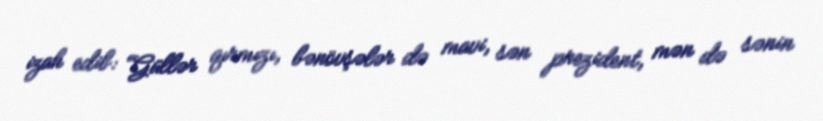
izah edib: “Güllər qırmızı, bənövşələr də mavi, sən prezident, mən də sənin